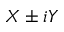
X \pm i Y